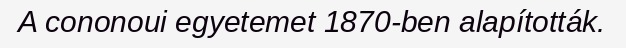
A cononoui egyetemet 1870-ben alapították.